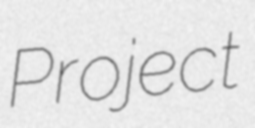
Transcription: Project